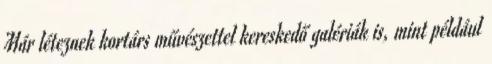
Már léteznek kortárs művészettel kereskedő galériák is, mint például